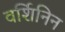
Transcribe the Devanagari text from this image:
वर्शिनिन